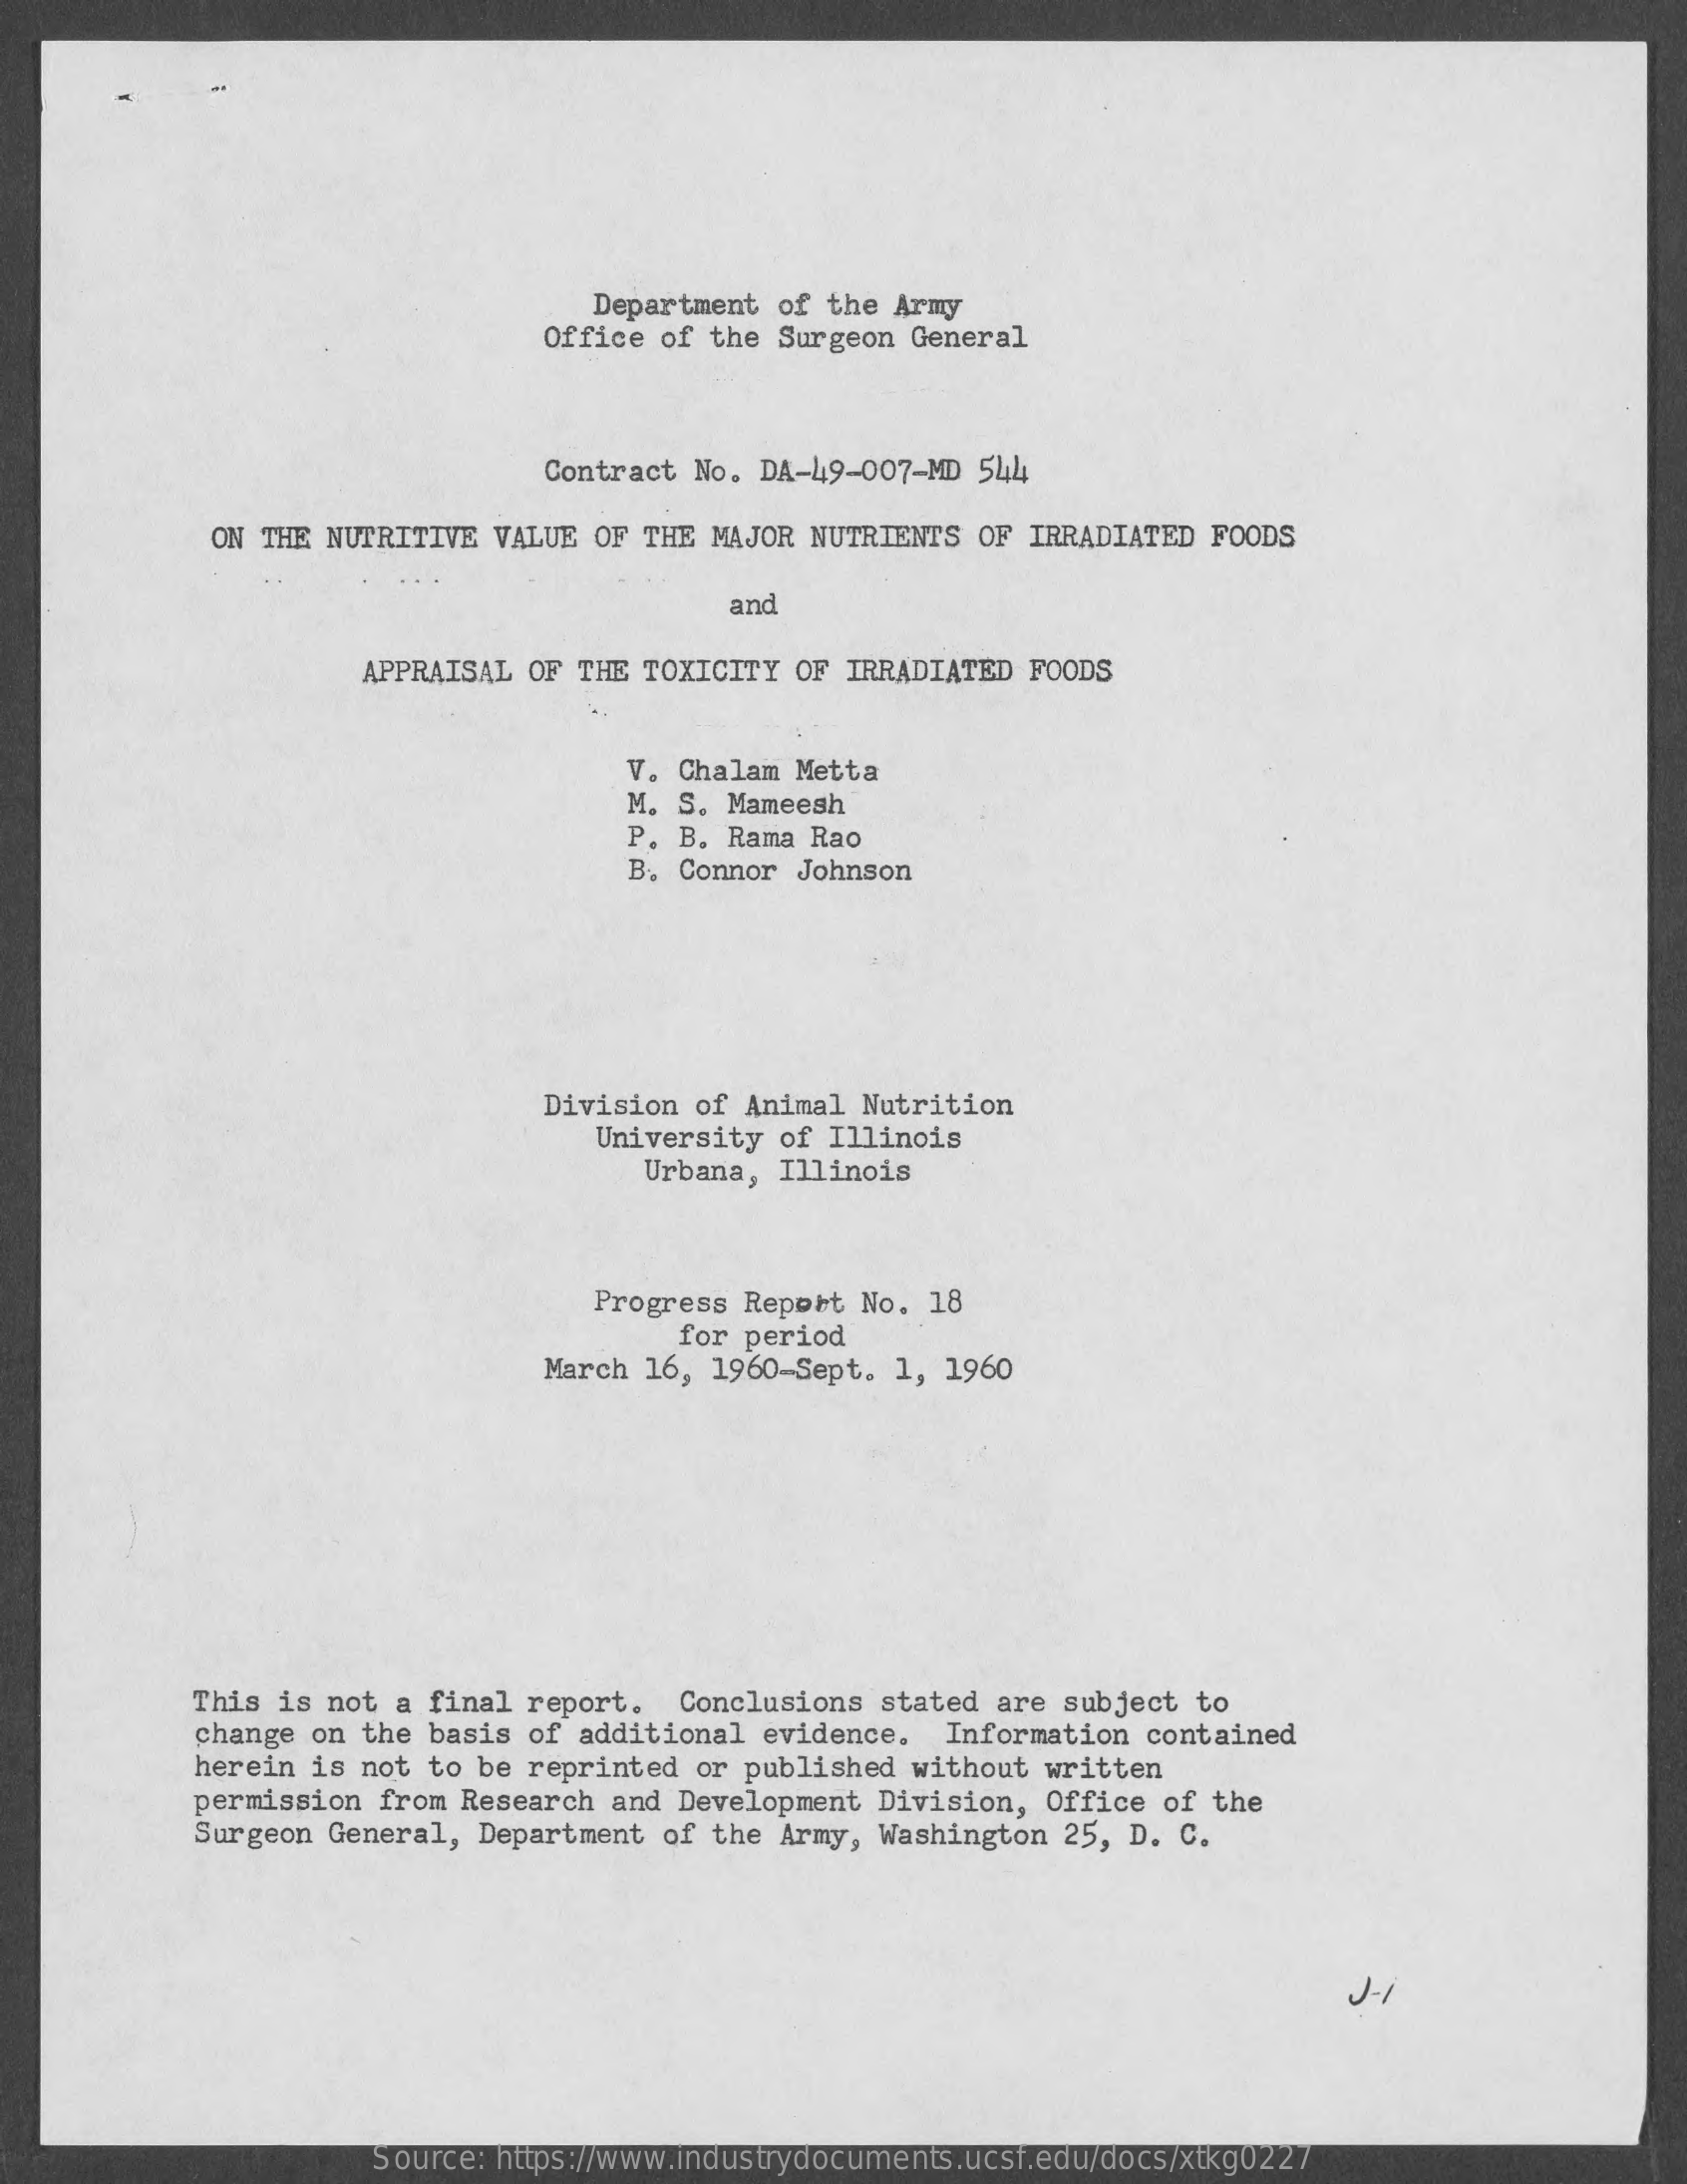
Department  of the Army
     Office of  the Surgeon General
     Contract No. DA-49-007-MD  544
     ON THE NUTRITIVE  VALUE OF THE  MAJOR NUTRIENTS OF  IRRADIATED FOODS
     and
     APPRAISAL OF THE  TOXICITY OF IRRADIATED  FOODS
     V.  Chalam Metta
     M.  S. Mameesh
     P.  B. Rama Rao
     B. Connor  Johnson
     Division  of Animal Nutrition
     University of Illinois
     Urbana, Illinois
     Progress  Report No. 18
     for period
     March 16,  1960-Sept. 1, 1960
     This is not  a final report.   Conclusions stated are  subject to
     change on the basis of additional  evidence.  Information  contained
     herein is not to be reprinted  or published without  written
     permission  from Research and  Development Division,  Office of the
     Surgeon General,  Department  of the Army, Washington  25, D. C.
     J-1
     Source: https://www.industrydocuments.ucsf.edu/docs/xtkg0227